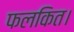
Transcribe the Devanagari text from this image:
फलकित।